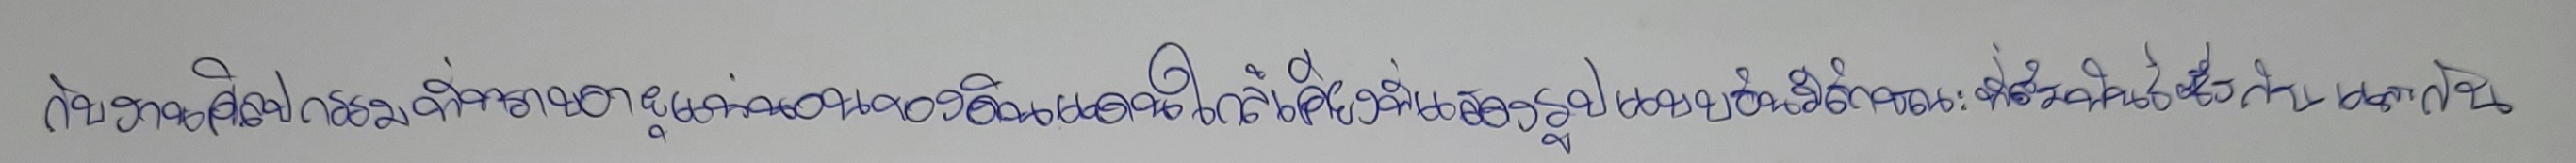
กับงานศิลปกรรมที่ทราบอายุแน่นอนของดินแดนใกล้เคียงที่แสดงรูปแบบอันมีลักษณะที่สัมพันธ์ซึ่งกันและกัน